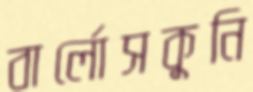
বার্লোসকুনি